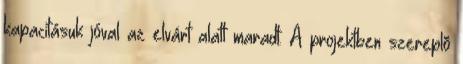
kapacitásuk jóval az elvárt alatt maradt. A projektben szereplõ